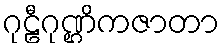
ဂုဠီဂုဏ္ဌိကဇာတာ